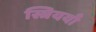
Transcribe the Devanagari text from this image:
स्त्रिययाँ